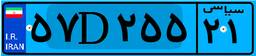
۵۷D۲۵۵۲۱